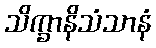
သိက္ခာနိသံသာနံ